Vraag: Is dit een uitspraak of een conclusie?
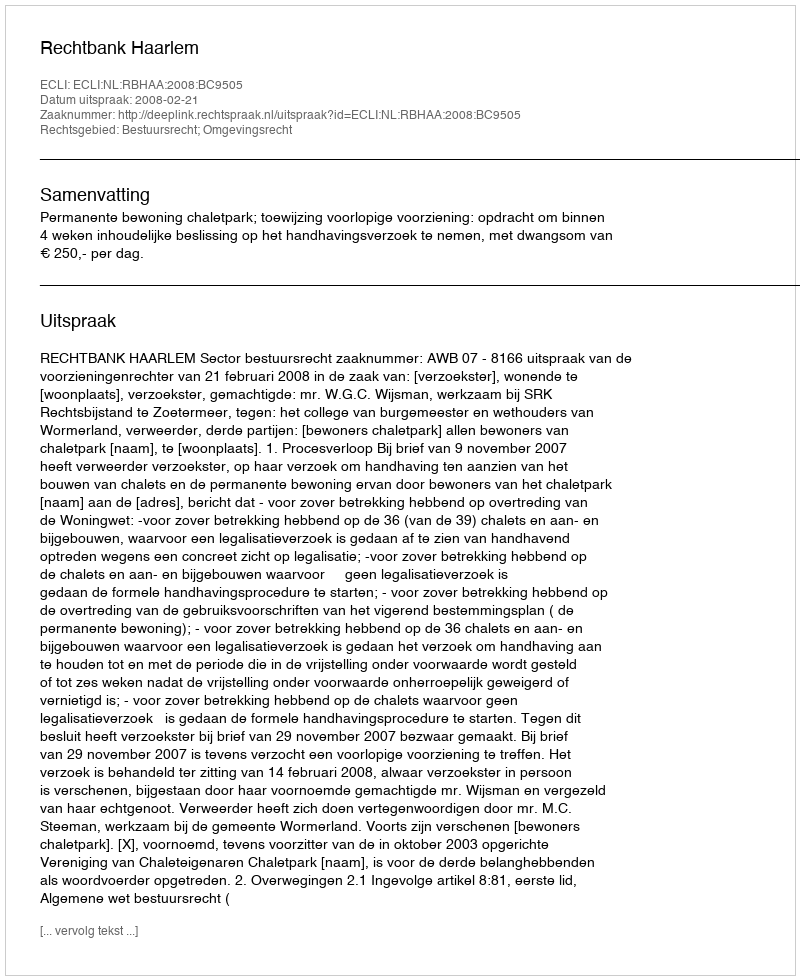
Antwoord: Uitspraak